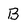
Character: B